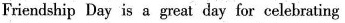
Friendship Day is a great day for celebrating